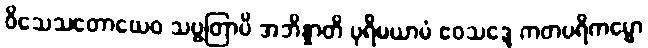
ဝိသေသတောယေဝ သဗ္ဗတြာပိ အဘိန္နာတိ ပုရိမယာမံ ဧဝသဒ္ဒေ ကတပရိကမ္မော